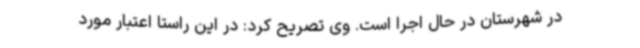
در شهرستان در حال اجرا است. وی تصریح کرد: در این راستا اعتبار مورد